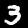
Label: 3